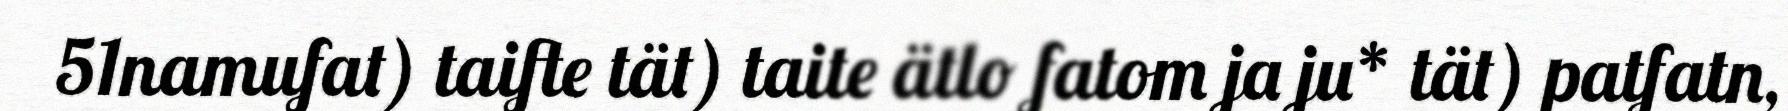
51namufat) taifte tät) taite ätlo fatom ja ju* tät) patfatn,